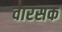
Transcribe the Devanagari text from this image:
वारसक